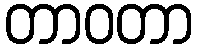
တာဝတာ